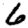
Digit: 6